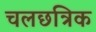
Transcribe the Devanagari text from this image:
चलछत्रिक